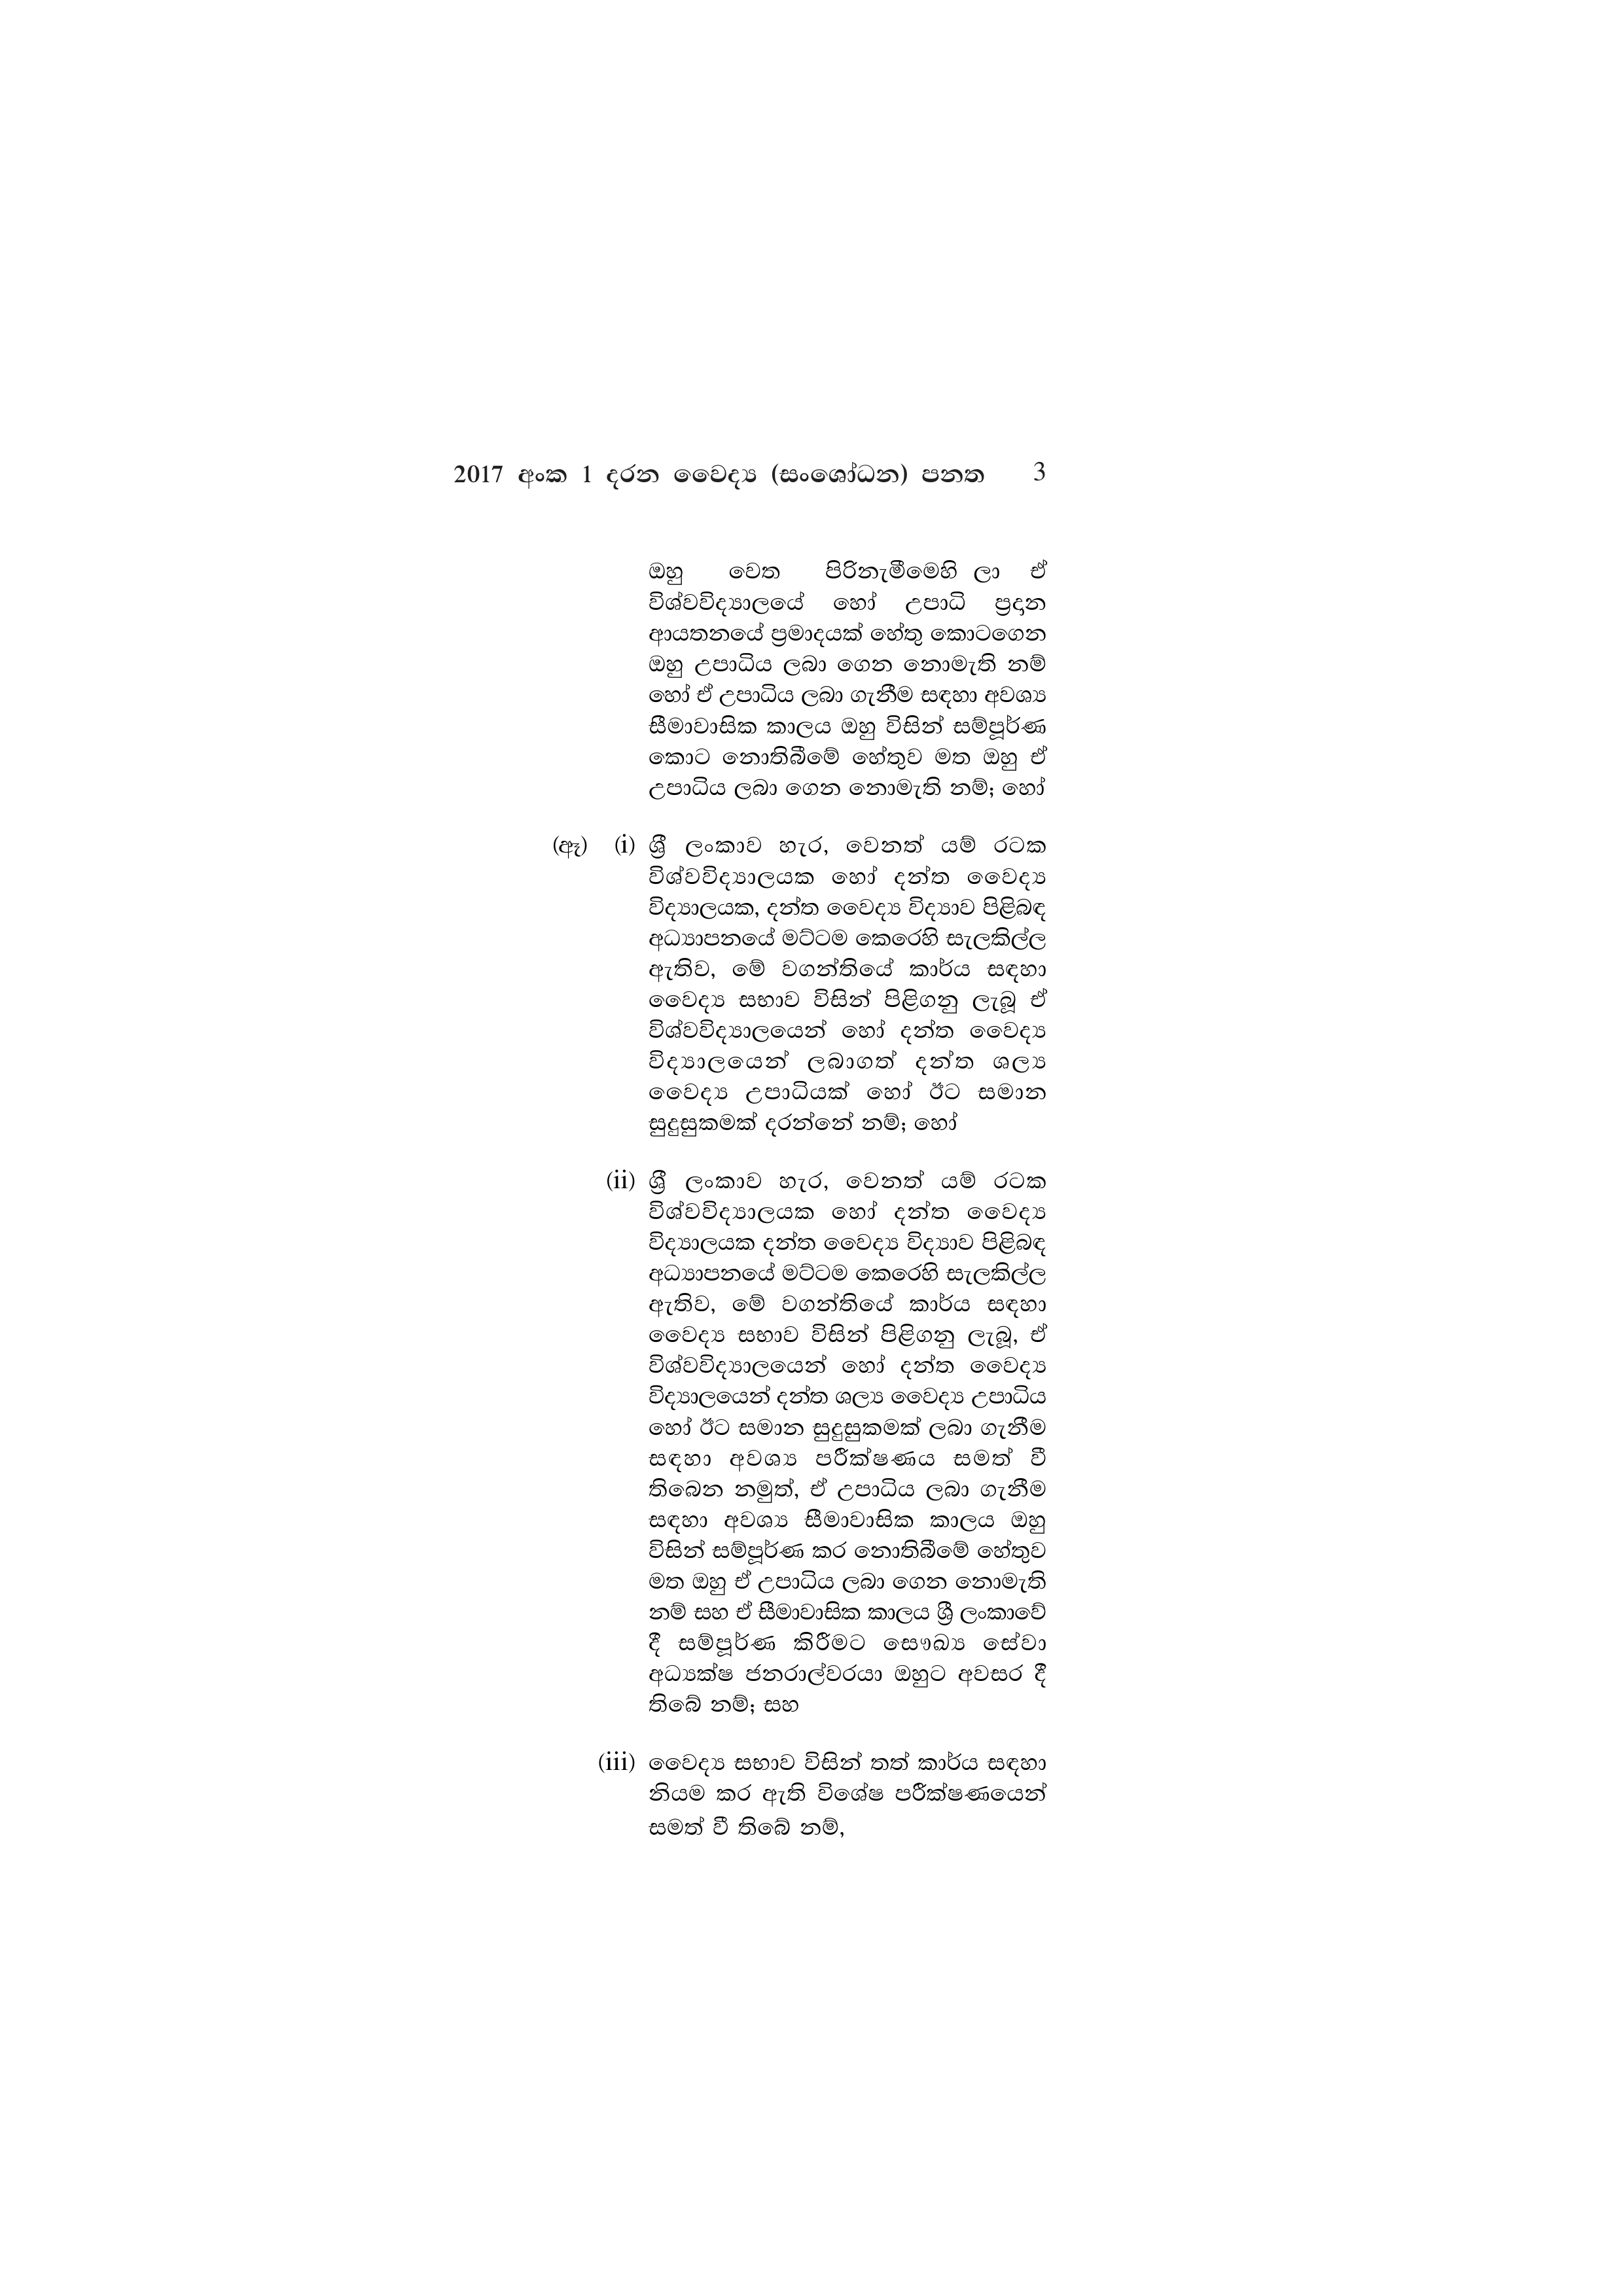
2017 අංක 1 දරන වෛද්‍ය (සංශෝධන) පනත 3

ඔහු වෙත පිරිනැමීමෙහි ලා ඒ
විශ්වවිද්‍යාලයේ හෝ උපාධි ප්‍රදාන
ආයතනයේ ප්‍රමාදයක් හේතු කොටගෙන
ඔහු උපාධිය ලබා ගෙන නොමැති නම්
හෝ ඒ උපාධිය ලබා ගැනීම සඳහා අවශ්‍ය
සීමාවාසික කාලය ඔහු විසින් සම්පූර්ණ
කොට නොතිබීමේ හේතුව මත ඔහු ඒ
උපාධිය ලබා ගෙන නොමැති නම්;හෝ

(ඈ) (i) ශ්‍රී ලංකාව හැර, වෙනත් යම් රටක
විශ්වවිද්‍යාලයක හෝ දන්ත වෛද්‍ය
විද්‍යාලයක, දන්ත වෛද්‍ය විද්‍යාව පිළිබඳ
අධ්‍යාපනයේ මට්ටම කෙරෙහි සැලකිල්ල
ඇතිව, මේ වගන්තියේ කාර්ය සඳහා
වෛද්‍ය සභාව විසින් පිළිගනු ලැබූ ඒ
විශ්වවිද්‍යාලයෙන් හෝ දන්ත වෛද්‍ය
විද්‍යාලයෙන් ලබාගත් දන්ත ශල්‍ය
වෛද්‍ය උපාධියක් හෝ ඊට සමාන
සුදුසුකමක් දරන්නේ නම්; හෝ

(ii) ශ්‍රී ලංකාව හැර, වෙනත් යම් රටක
විශ්වවිද්‍යාලයක හෝ දන්ත වෛද්‍ය
විද්‍යාලයක දන්ත වෛද්‍ය විද්‍යාව පිළිබඳ
අධ්‍යාපනයේ මට්ටම කෙරෙහි සැලකිල්ල
ඇතිව, මේ වගන්තියේ කාර්ය සඳහා
වෛද්‍ය සභාව විසින් පිළිගනු ලැබූ, ඒ
විශ්වවිද්‍යාලයෙන් හෝ දන්ත වෛද්‍ය
විද්‍යාලයෙන් දන්ත ශල්‍ය වෛද්‍ය උපාධිය
හෝ ඊට සමාන සුදුසුකමක් ලබා ගැනීම
සඳහා අවශ්‍ය පරීක්ෂණය සමත් වී
තිබෙන නමුත්, ඒ උපාධිය ලබා ගැනීම
සඳහා අවශ්‍ය සීමාවාසික කාලය ඔහු
විසින් සම්පූර්ණ කර නොතිබීමේ හේතුව
මත ඔහු ඒ උපාධිය ලබා ගෙන නොමැති
නම් සහ ඒ සීමාවාසික කාලය ශ්‍රී ලංකාවේ
දී සම්පූර්ණ කිරීමට සෞඛ්‍ය සේවා
අධ්‍යක්ෂ ජනරාල්වරයා ඔහුට අවසර දී
තිබේ නම්; සහ

(iii) වෛද්‍ය සභාව විසින් තත් කාර්ය සඳහා
නියම කර ඇති විශේෂ පරීක්ෂණයෙන්
සමත් වී තිබේ නම්,